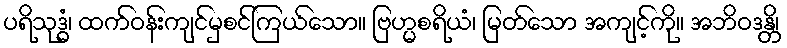
ပရိသုဒ္ဓံ၊ ထက်ဝန်းကျင်မှစင်ကြယ်သော။ ဗြဟ္မစရိယံ၊ မြတ်သော အကျင့်ကို။ အဘိဝဒန္တိ၊